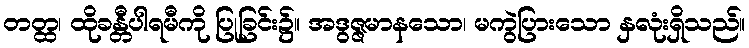
တတ္ထ၊ ထိုခန္တီပါရမီကို ပြုခြင်း၌။ အဒွဇ္ဇမာနသော၊ မကွဲပြားသော နှလုံးရှိသည်။